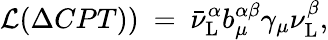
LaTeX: {\mathcal{L}}(\Delta CPT))~=~\bar{\nu}_{\mathrm{L}}^{\alpha}{b_{\mu}^{\alpha\beta}}{\gamma_{\mu}}{\nu_{\mathrm{L}}^{\beta}},